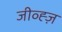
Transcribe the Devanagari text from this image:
जीव्ह्ज़